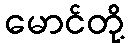
မောင်တို့